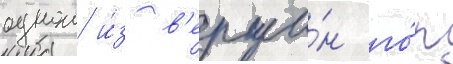
однои и́з в'ерши́н го́р